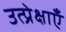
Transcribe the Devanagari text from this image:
उत्प्रेक्षाएँ